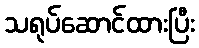
သရုပ်ဆောင်ထားပြီး